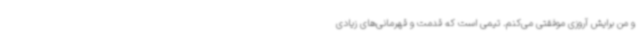
و من برایش آروزی موفقتی می‌کنم. تیمی است که قدمت و قهرمانی‌های زیادی